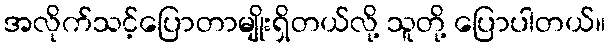
အလိုက်သင့်ပြောတာမျိုးရှိတယ်လို့ သူတို့ ပြောပါတယ်။